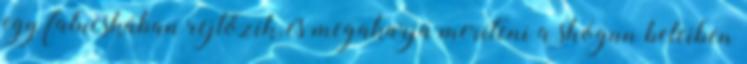
egy falucskában rejtőzik, és megakarja meríteni a shógun beleiben